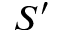
S ^ { \prime }